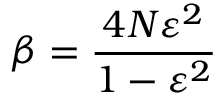
\beta = \frac { 4 N \varepsilon ^ { 2 } } { 1 - \varepsilon ^ { 2 } }